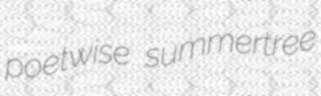
poetwise summertree